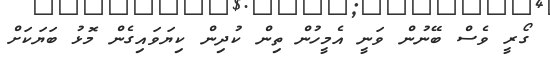
ގޯރީ ވެސް ބޭނުން ވަނީ އެމީހުން ތިން ކުދިން ކިޔަވައިގެން މޮޅު ބަޔަކަށް